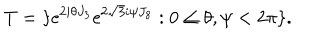
LaTeX: T = \{ \mathrm { e } ^ { 2 i \theta J _ { 3 } } \mathrm { e } ^ { 2 \sqrt { 3 } i \psi J _ { 8 } } : 0 \leq \theta , \psi < 2 \pi \} .